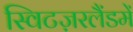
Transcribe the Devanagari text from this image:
स्विटज़रलैंडमें